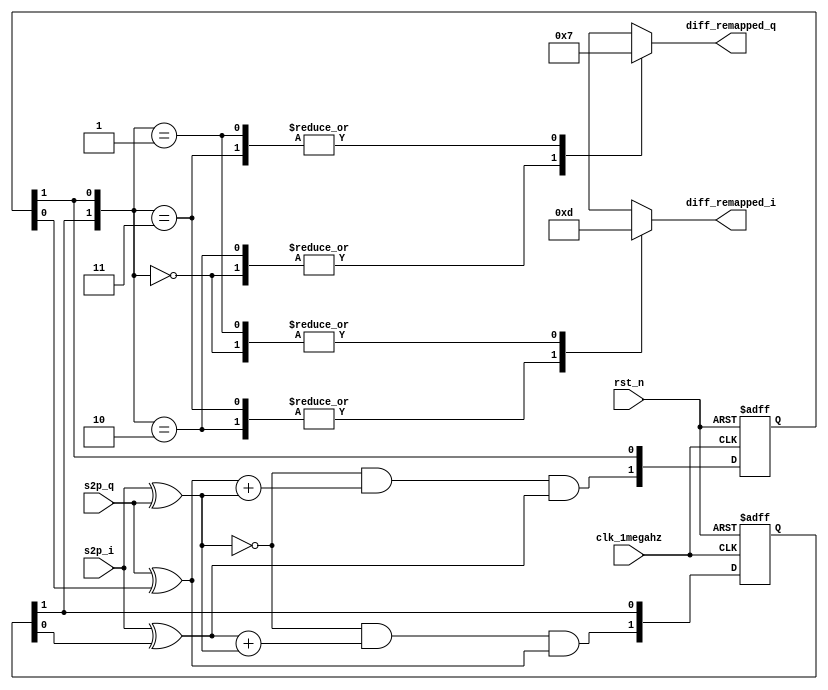
module differential_encoder(
    input clk_1megahz,
    input rst_n,
    input s2p_i,
    input s2p_q,
    output reg signed[1:0] diff_remapped_i,
    output reg signed[1:0] diff_remapped_q
);

reg [1:0]diff_i,diff_q; //[1] is current, [0] is previous

always @(posedge clk_1megahz or negedge rst_n) begin
    if (!rst_n) begin
        diff_i <= 2'b00;
        diff_q <= 2'b00;
    end else begin
        // Differential Encoding Logic
        // Send data to Previous
        diff_i[0] <= diff_i[1];
        diff_q[0] <= diff_q[1];
        
        // Current
        diff_i[1] <= ~(s2p_i^s2p_q)&(s2p_i^diff_i[0]) + (s2p_i^s2p_q)&(s2p_q^diff_q[0]);
        diff_q[1] <= ~(s2p_i^s2p_q)&(s2p_q^diff_q[0]) + (s2p_i^s2p_q)&(s2p_i^diff_i[0]);
    end
end

always @(diff_i[1] or diff_q[1]) begin
    case ({diff_i[1], diff_q[1]})
        2'b00: begin
        diff_remapped_i = 2'b01; // 1
        diff_remapped_q = 2'b01; // 1
        end
        2'b10: begin
        diff_remapped_i = 2'b11; // -1
        diff_remapped_q = 2'b01; // 1
        end
        2'b11: begin
        diff_remapped_i = 2'b11; // -1
        diff_remapped_q = 2'b11; // -1
        end
        2'b01: begin
        diff_remapped_i = 2'b01; // 1
        diff_remapped_q = 2'b11; // -1
        end
        default: begin
        diff_remapped_i = 2'b00; // 0
        diff_remapped_q = 2'b00; // 0
        end
    endcase
end

endmodule